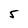
Character: 5